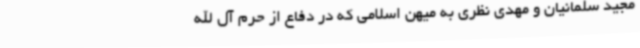
مجید سلمانیان و مهدی نظری به میهن اسلامی که در دفاع از حرم آل الله